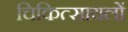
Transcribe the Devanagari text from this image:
चिकित्सायलों